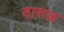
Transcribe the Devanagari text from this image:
वारुळ